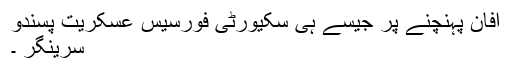
آفان پہنچنے پر جیسے ہی سکیورٹی فورسیس عسکریت پسندو
سرینگر ۔